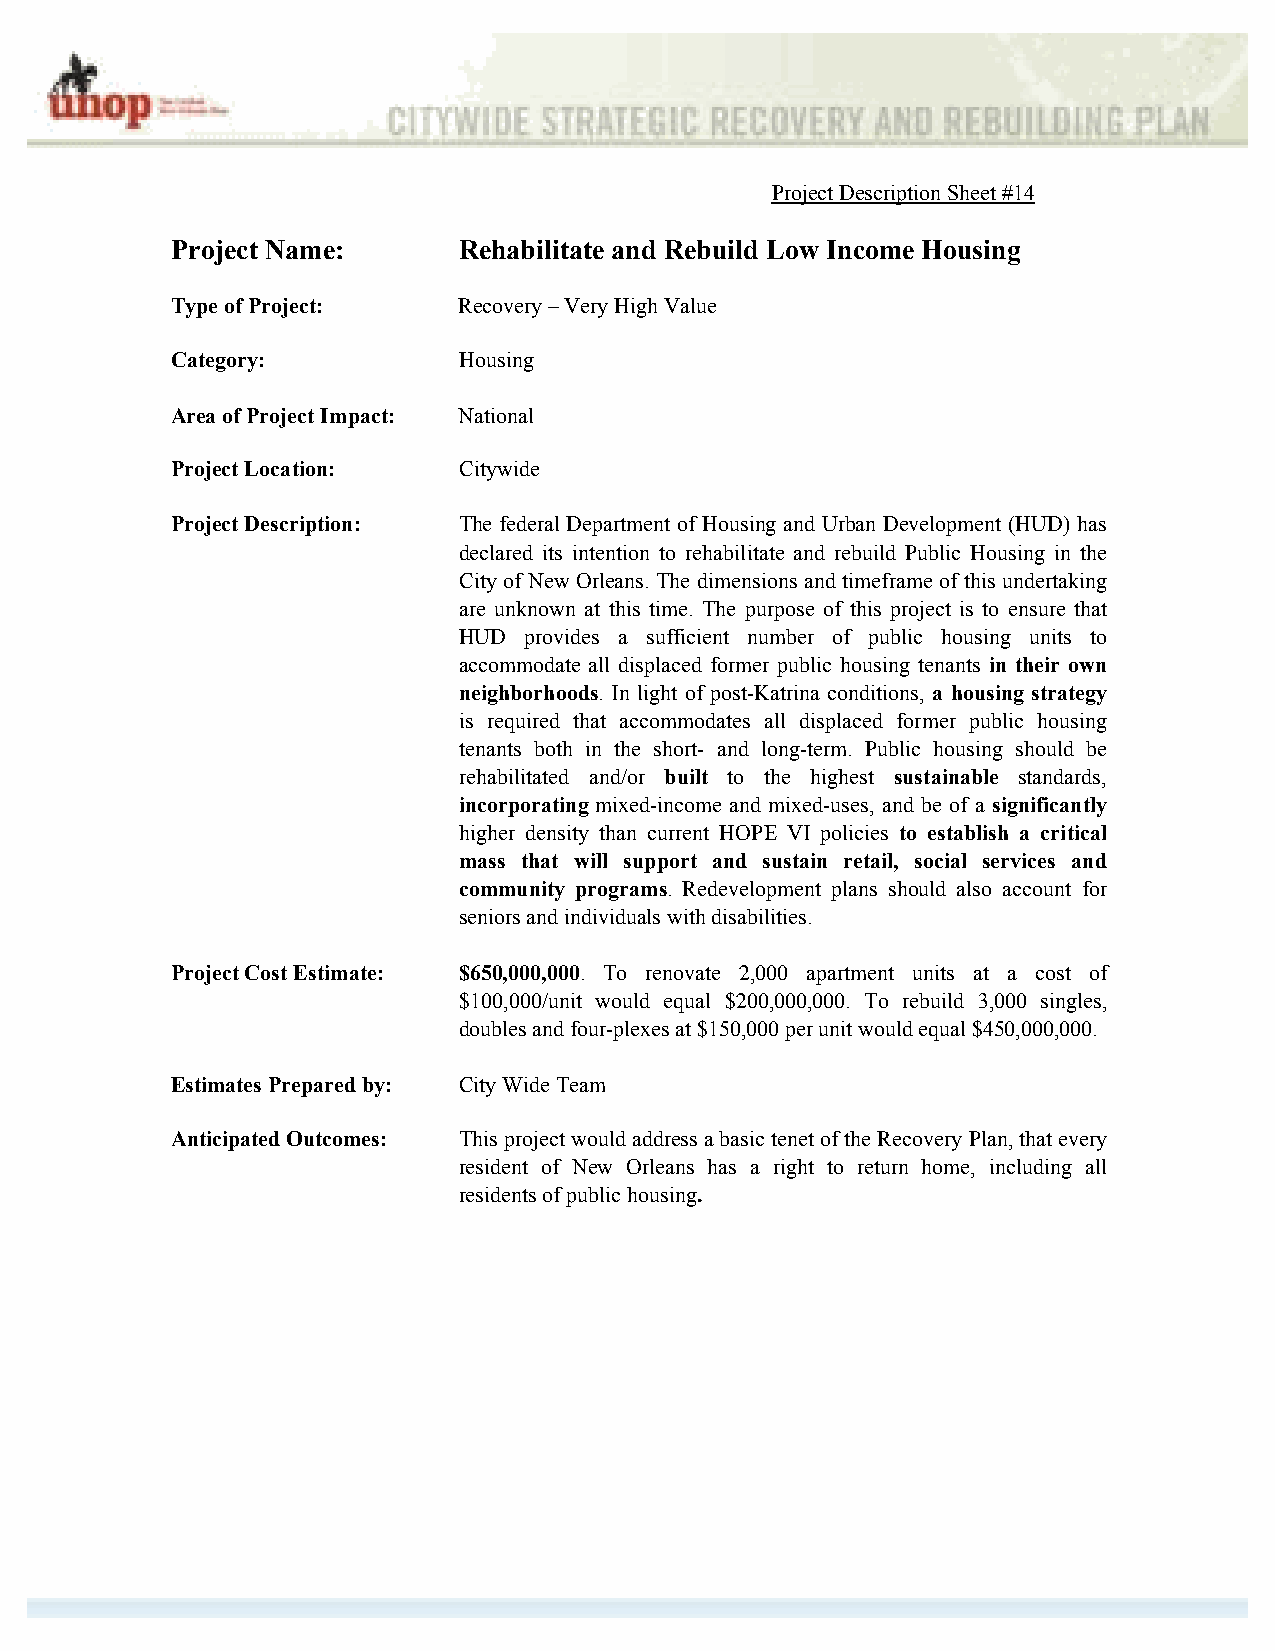
Project Description Sheet #14
 Project Name:      Rehabilitate and Rebuild Low Income Housing
 Type of Project:   Recovery – Very High Value
 Category:          Housing
 Area of Project Impact: National
 Project Location:  Citywide
 Project Description: The federal Department of Housing and Urban Development (HUD) has
 declared its intention to rehabilitate and rebuild Public Housing in the
 City of New Orleans. The dimensions and timeframe of this undertaking
 are unknown at this time. The purpose of this project is to ensure that
 HUD  provides a sufficient number of public housing units to
 accommodate all displaced former public housing tenants in their own
 neighborhoods. In light of post-Katrina conditions, a housing strategy
 is required that accommodates all displaced former public housing
 tenants both in the short- and long-term. Public housing should be
 rehabilitated and/or built to the highest sustainable standards,
 incorporating mixed-income and mixed-uses, and be of a significantly
 higher density than current HOPE VI policies to establish a critical
 mass that will support and sustain retail, social services and
 community programs. Redevelopment plans should also account for
 seniors and individuals with disabilities.
 Project Cost Estimate: $650,000,000. To renovate 2,000 apartment units at a cost of
 $100,000/unit would equal $200,000,000. To rebuild 3,000 singles,
 doubles and four-plexes at $150,000 per unit would equal $450,000,000.
 Estimates Prepared by: City Wide Team
 Anticipated Outcomes: This project would address a basic tenet of the Recovery Plan, that every
 resident of New Orleans has a right to return home, including all
 residents of public housing.